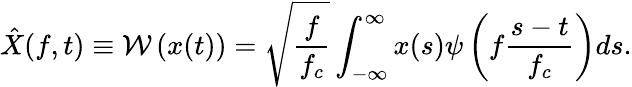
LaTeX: \hat{X}(f,t)\equiv\mathcal{W}\left(x(t)\right)=\sqrt{\frac{f}{f_{c}}}\int_{-\infty}^{\infty}x(s)\psi\left(f\frac{s-t}{f_{c}}\right)ds.